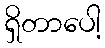
ရှိတာပေါ့